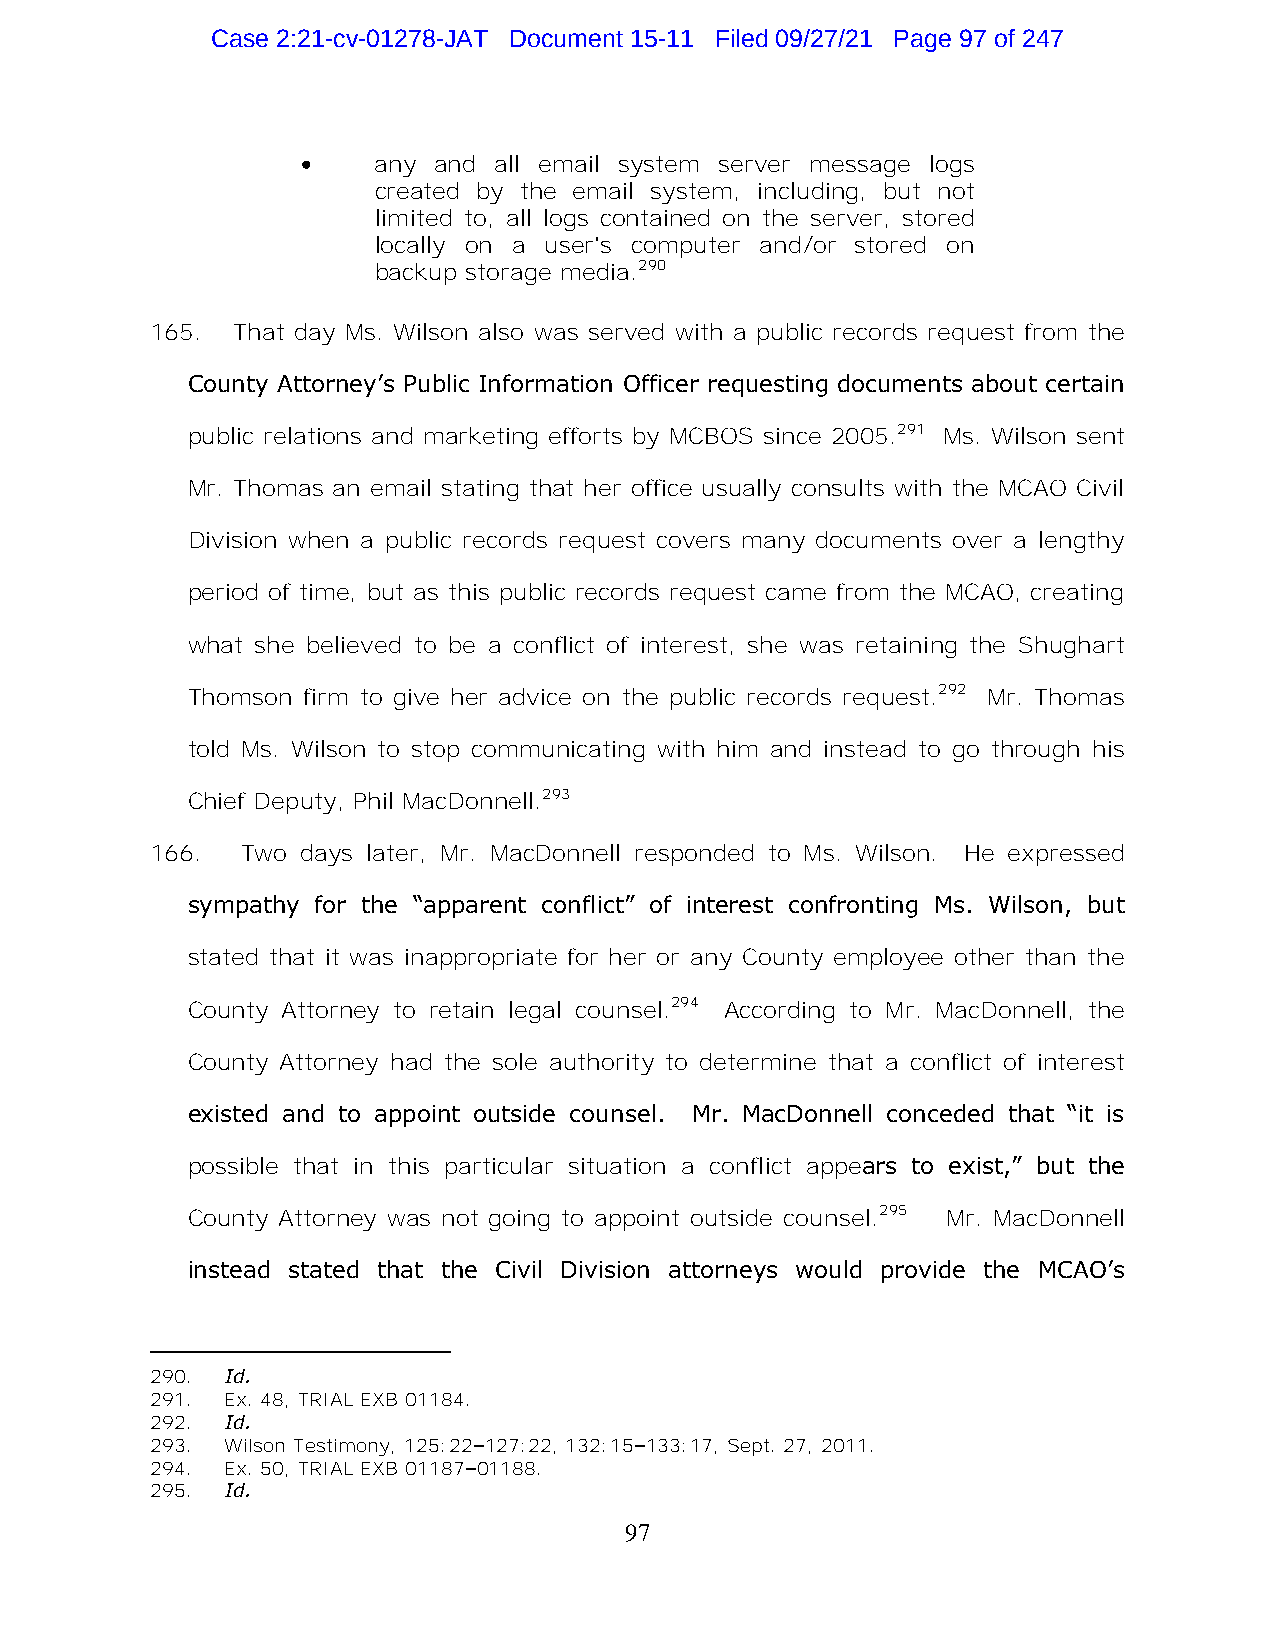
Case 2:21-cv-01278-JAT Document 15-11 Filed 09/27/21 Page 97 of 247
 •    any and all email system server message logs
 created by the email system, including, but not
 limited to, all logs contained on the server, stored
 locally on a user's computer and/or stored on
 backup storage media.290
 165. That day Ms. Wilson also was served with a public records request from the
 County Attorney’s Public Information Officer requesting documents about certain
 public relations and marketing efforts by MCBOS since 2005.291 Ms. Wilson sent
 Mr. Thomas an email stating that her office usually consults with the MCAO Civil
 Division when a public records request covers many documents over a lengthy
 period of time, but as this public records request came from the MCAO, creating
 what she believed to be a conflict of interest, she was retaining the Shughart
 Thomson firm to give her advice on the public records request.292 Mr. Thomas
 told Ms. Wilson to stop communicating with him and instead to go through his
 Chief Deputy, Phil MacDonnell.293
 166.  Two days later, Mr. MacDonnell responded to Ms. Wilson. He expressed
 sympathy for the “apparent conflict” of interest confronting Ms. Wilson, but
 stated that it was inappropriate for her or any County employee other than the
 County Attorney to retain legal counsel.294 According to Mr. MacDonnell, the
 County Attorney had the sole authority to determine that a conflict of interest
 existed and to appoint outside counsel. Mr. MacDonnell conceded that “it is
 possible that in this particular situation a conflict appears to exist,” but the
 County Attorney was not going to appoint outside counsel.295 Mr. MacDonnell
 instead stated that the Civil Division attorneys would provide the MCAO’s
 290. Id.
 291. Ex. 48, TRIAL EXB 01184.
 292. Id.
 293. Wilson Testimony, 125:22–127:22, 132:15–133:17, Sept. 27, 2011.
 294. Ex. 50, TRIAL EXB 01187–01188.
 295. Id.
 97